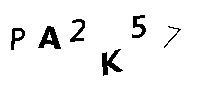
PA2K57